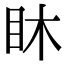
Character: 𥄢